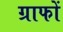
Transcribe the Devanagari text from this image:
ग्राफों